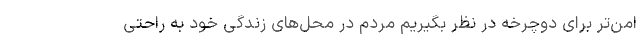
امن‌تر برای دوچرخه در نظر بگیریم مردم در محل‌های زندگی خود به راحتی